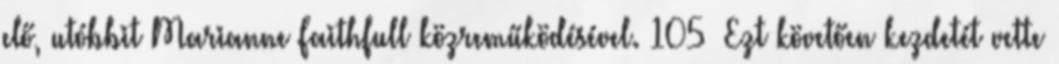
elő, utóbbit Marianne Faithfull közreműködésével. 105 Ezt követően kezdetét vette